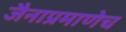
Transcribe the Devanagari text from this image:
जैनाप्रमाणेच